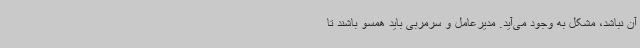
آن نباشد، مشکل به وجود می‌آید. مدیرعامل و سرمربی باید همسو باشند تا